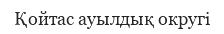
Қойтас ауылдық округі